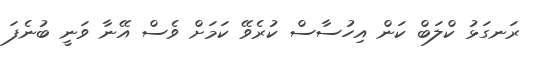
ރަނގަޅު ކްލަބް ކަން އިހުސާސް ކުރެވޭ ކަމަށް ވެސް އޭނާ ވަނީ ބުނެފަ